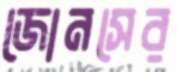
জোনসের